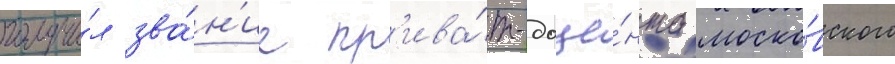
получи́л зва́н'ие пр'ива́т-доце́нта моско́вского